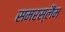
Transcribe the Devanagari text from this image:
समरस्लैंम